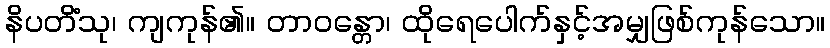
နိပတိံသု၊ ကျကုန်၏။ တာဝန္တော၊ ထိုရေပေါက်နှင့်အမျှဖြစ်ကုန်သော။